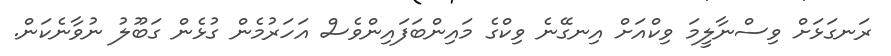
ރަނގަޅަށް ވިސްނާލީމަ ވިކްއަށް އިނގޭނެ ވިކްގެ މައިންބަފައިންވެސް އަހަރުމެން ގުޅެން ގަބޫލު ނުވާނެކަން.